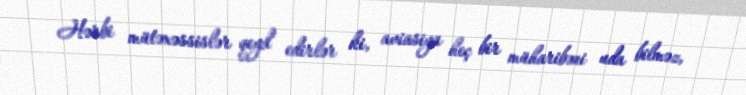
Hərbi mütəxəssislər qeyd edirlər ki, aviasiya heç bir müharibəni uda bilməz,